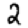
Digit: 2